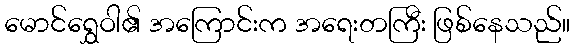
မောင်ရွှေဝါ၏ အကြောင်းက အရေးတကြီး ဖြစ်နေသည်။